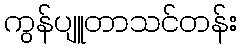
ကွန်ပျူတာသင်တန်း